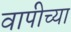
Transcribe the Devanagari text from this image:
वापीच्या